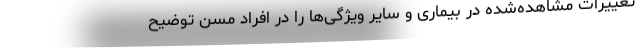
تغییرات مشاهده‌شده در بیماری و سایر ویژگی‌ها را در افراد مسن توضیح